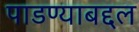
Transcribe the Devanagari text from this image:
पाडण्याबद्दल